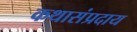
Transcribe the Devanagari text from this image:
कथासंप्रदाय